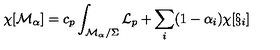
\chi [ { \cal M } _ { \alpha } ] = c _ { p } \int _ { { \cal M } _ { \alpha } / \Sigma } { \cal L } _ { p } + \sum _ { i } ( 1 - \alpha _ { i } ) \chi [ \S _ { i } ]